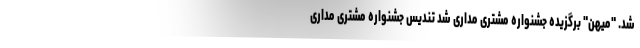
شد. "میهن" برگزیده جشنواره مشتری مداری شد تندیس جشنواره مشتری مداری